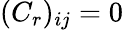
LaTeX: (C_{r})_{ij}=0